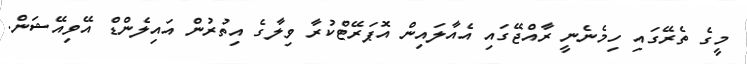
މީގެ ތެރޭގައި ހިމެނެނީ ރާއްޖޭގައި އެއާލައިން އޮޕަރޭޓްކުރާ ވިލާގެ އިތުރުން އައިލެންޑް އޭވިއޭޝަން.